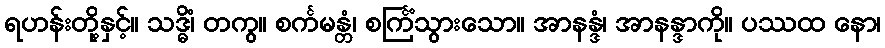
ရဟန်းတို့နှင့်။ သဒ္ဓိံ၊ တကွ။ စင်္ကမန္တံ၊ စင်္ကြံသွားသော။ အာနန္ဒံ၊ အာနန္ဒာကို။ ပဿထ နော၊